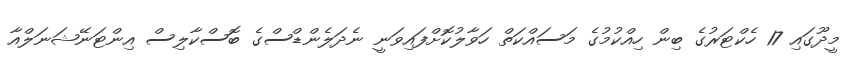
މީދޫގައި 17 ހެކްޓަރުގެ ބިން ހިއްކުމުގެ މަސައްކަތް ހަވާލުކޮށްފައިވަނީ ނެދަލެންޑްސްގެ ބޮސްކާލިސް އިންޓަނޭޝަނަލްއާ